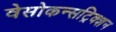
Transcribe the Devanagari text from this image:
वेसोकन्सट्रिक्शन